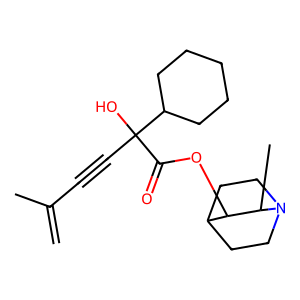
SMILES: C=C(C)C#CC(O)(C(=O)OC1C2CCN(CC2)C1C)C1CCCCC1
Inhibits HIV replication: No